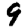
Digit: 9